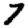
Digit: 7